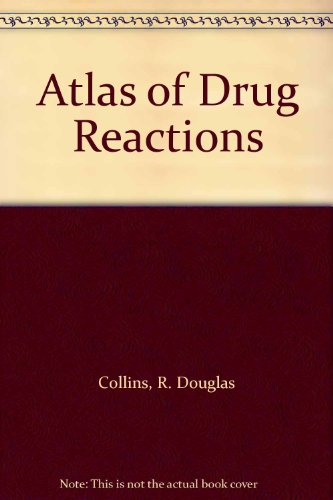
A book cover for Atlas of Drug Reactions; R. Douglas Collins; Medical Books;